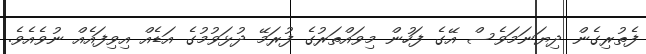
ފެތުރިގެން ދިޔަނަމަވެސް އޭގެ ފަހުން މިވައްތަރުގެ ފުރަމޭ ދުޅަވުމުގެ އަޑެއް އިވިފައެއް ނުވެއެވެ.